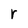
Character: r